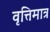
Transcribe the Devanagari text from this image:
वृत्तिमात्र